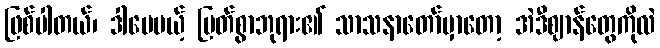
ဖြစ်ပါတယ်၊ ဒါပေမယ့် မြတ်စွာဘုရား၏ သာသနာတော်မှာတော့ အဲဒီဈာန်တွေကိုလဲ